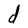
Character: d